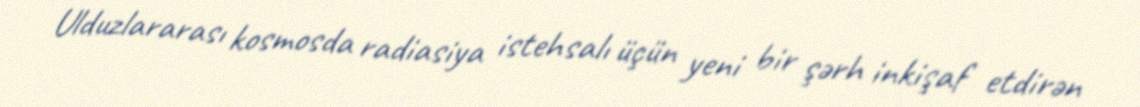
Ulduzlararası kosmosda radiasiya istehsalı üçün yeni bir şərh inkişaf etdirən